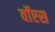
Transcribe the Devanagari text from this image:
वॉएस